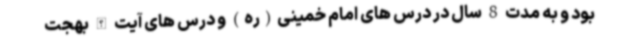
بود و به مدت 8 سال در درس های امام خمینی(ره) و درس های آیت الله بهجت